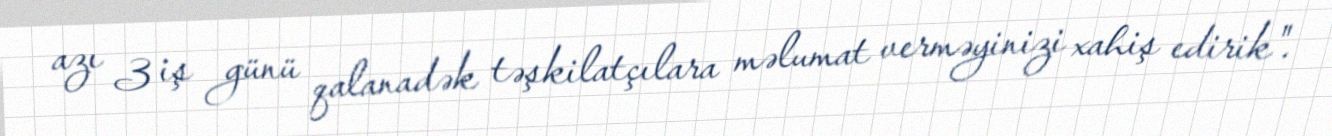
azı 3 iş günü qalanadək təşkilatçılara məlumat verməyinizi xahiş edirik".